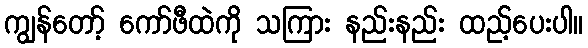
ကျွန်တော့် ကော်ဖီထဲကို သကြား နည်းနည်း ထည့်ပေးပါ။